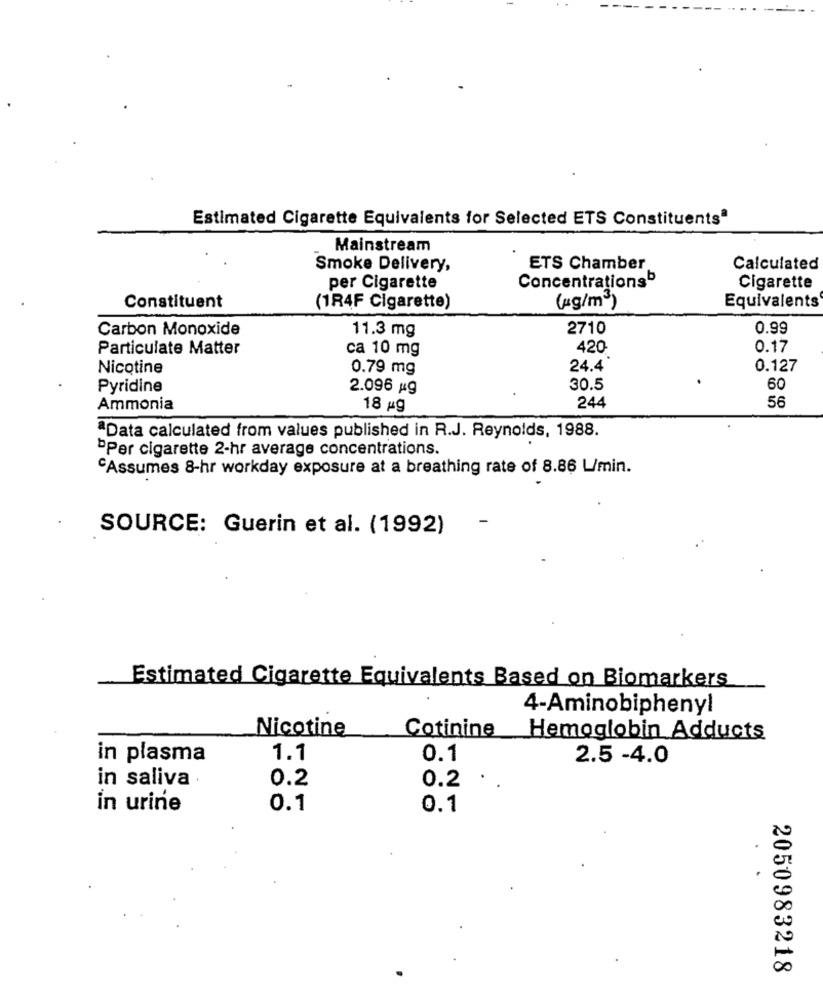
Estimated Cigarette Equivalents for Selected ETS Constituentsª
Mainstream
Smoke Delivery,
ETS Chamber
Calculated
Concentrations5
per Cigarette
Cigarette
Equivalents
Constituent
(1R4F Cigarette)
(4g/m3)
Carbon Monoxide
11.3 mg
2710
0.99
Particulate Matter
ca 10 mg
420
0.17
Nicotine
0.79 mg
24.4
0.127
Pyridine
2.096 kg
30.5
60
56
Ammonia
18 pg
244
ªData calculated from values published in R.J. Reynolds, 1988.
"Per cigarette 2-hr average concentrations.
"Assumes 8-hr workday exposure at a breathing rate of 8.86 L/min.
SOURCE: Guerin et al. (1992)
Estimated Cigarette Equivalents Based on Biomarkers
4-Aminobiphenyl
Nicotine
Cotinine
Hemoglobin Adducts
in plasma
1.1
0.1
2.5 -4.0
in saliva
0.2
0.2 ..
in urine
0.1
0.1
.
2050983218